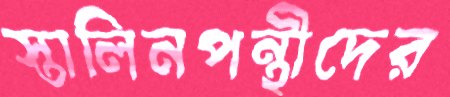
স্তালিনপন্থীদের